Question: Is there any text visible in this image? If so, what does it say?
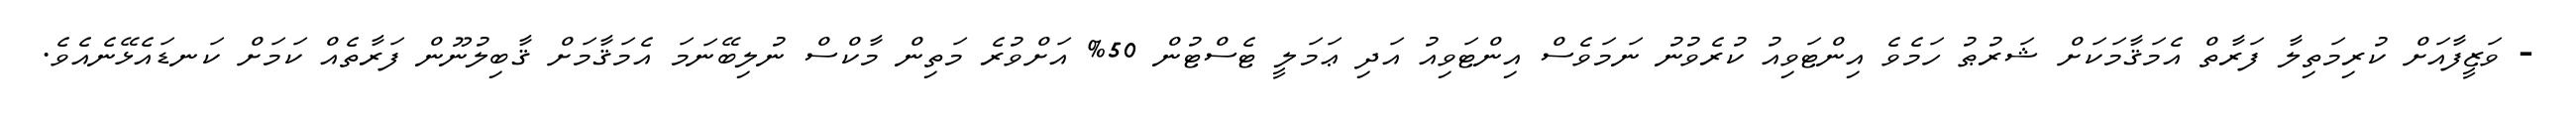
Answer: - ވަޒީފާއަށް ކުރިމަތިލާ ފަރާތް އެމަޤާމަކަށް ޝަރުޠު ހަމެވެ އިންޓަވިއު ކުރެވުނު ނަމަވެސް އިންޓަވިއު އަދި ޢަމަލީ ޓެސްޓުން 50% އަށްވުރެ މަތިން މާކްސް ނުލިބޭނަމަ އެމަޤާމަށް ޤާބިލުނޫން ފަރާތެއް ކަމަށް ކަނޑައެޅޭނެއެވެ.